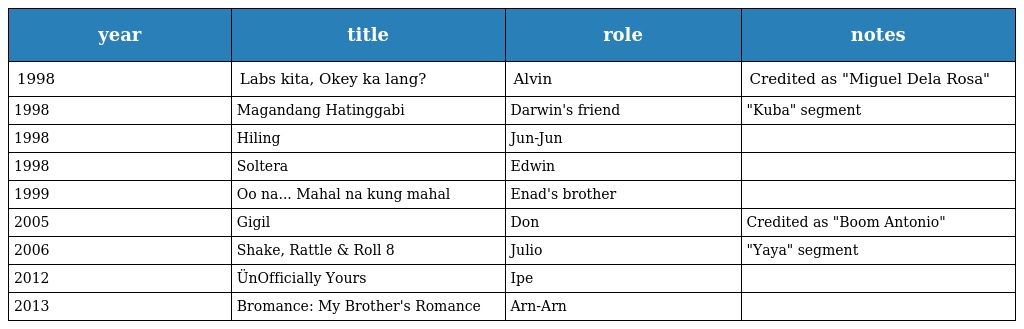
| year | title | role | notes |
 | --- | --- | --- | --- |
 | 1998 | Labs kita, Okey ka lang? | Alvin | Credited as "Miguel Dela Rosa" |
 | 1998 | Magandang Hatinggabi | Darwin's friend | "Kuba" segment |
 | 1998 | Hiling | Jun-Jun |  |
 | 1998 | Soltera | Edwin |  |
 | 1999 | Oo na... Mahal na kung mahal | Enad's brother |  |
 | 2005 | Gigil | Don | Credited as "Boom Antonio" |
 | 2006 | Shake, Rattle & Roll 8 | Julio | "Yaya" segment |
 | 2012 | ÜnOfficially Yours | Ipe |  |
 | 2013 | Bromance: My Brother's Romance | Arn-Arn |  |